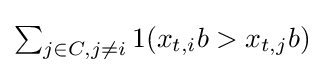
\textstyle \sum \nolimits _{j\in C,j\neq i}1(x_{t,i}b>x_{t,j}b)